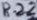
Text: R22